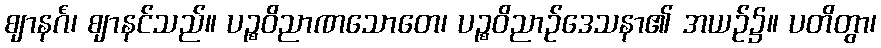
ဈာနင်္ဂံ၊ ဈာနင်သည်။ ပဉ္စဝိညာဏသောတေ၊ ပဉ္စဝိညာဉ်ဒေသနာ၏ အယဉ်၌။ ပတိတွာ၊